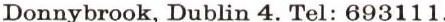
Donnybrook, Dublin 4.Tel: 693111